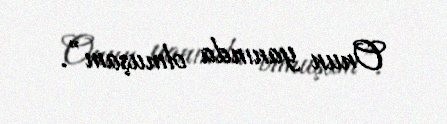
Onun yanında olmuşam”.